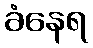
ခံနေရ